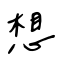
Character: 想